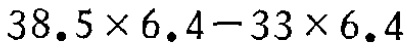
$38.5\times 6.4 - 33\times 6.4$